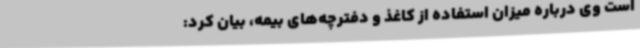
است وی درباره میزان استفاده از کاغذ و دفترچه‌های بیمه، بیان کرد: